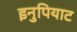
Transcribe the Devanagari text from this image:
इनुपियाट